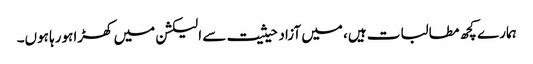
ہمارے کچھ مطالبات ہیں، میں آزاد حیثیت سے الیکشن میں کھڑا ہورہا ہوں۔